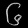
Digit: ၆